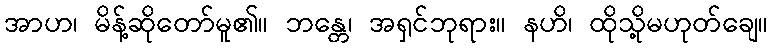
အာဟ၊ မိန့်ဆိုတော်မူ၏။ ဘန္တေ၊ အရှင်ဘုရား။ နဟိ၊ ထိုသို့မဟုတ်ချေ။